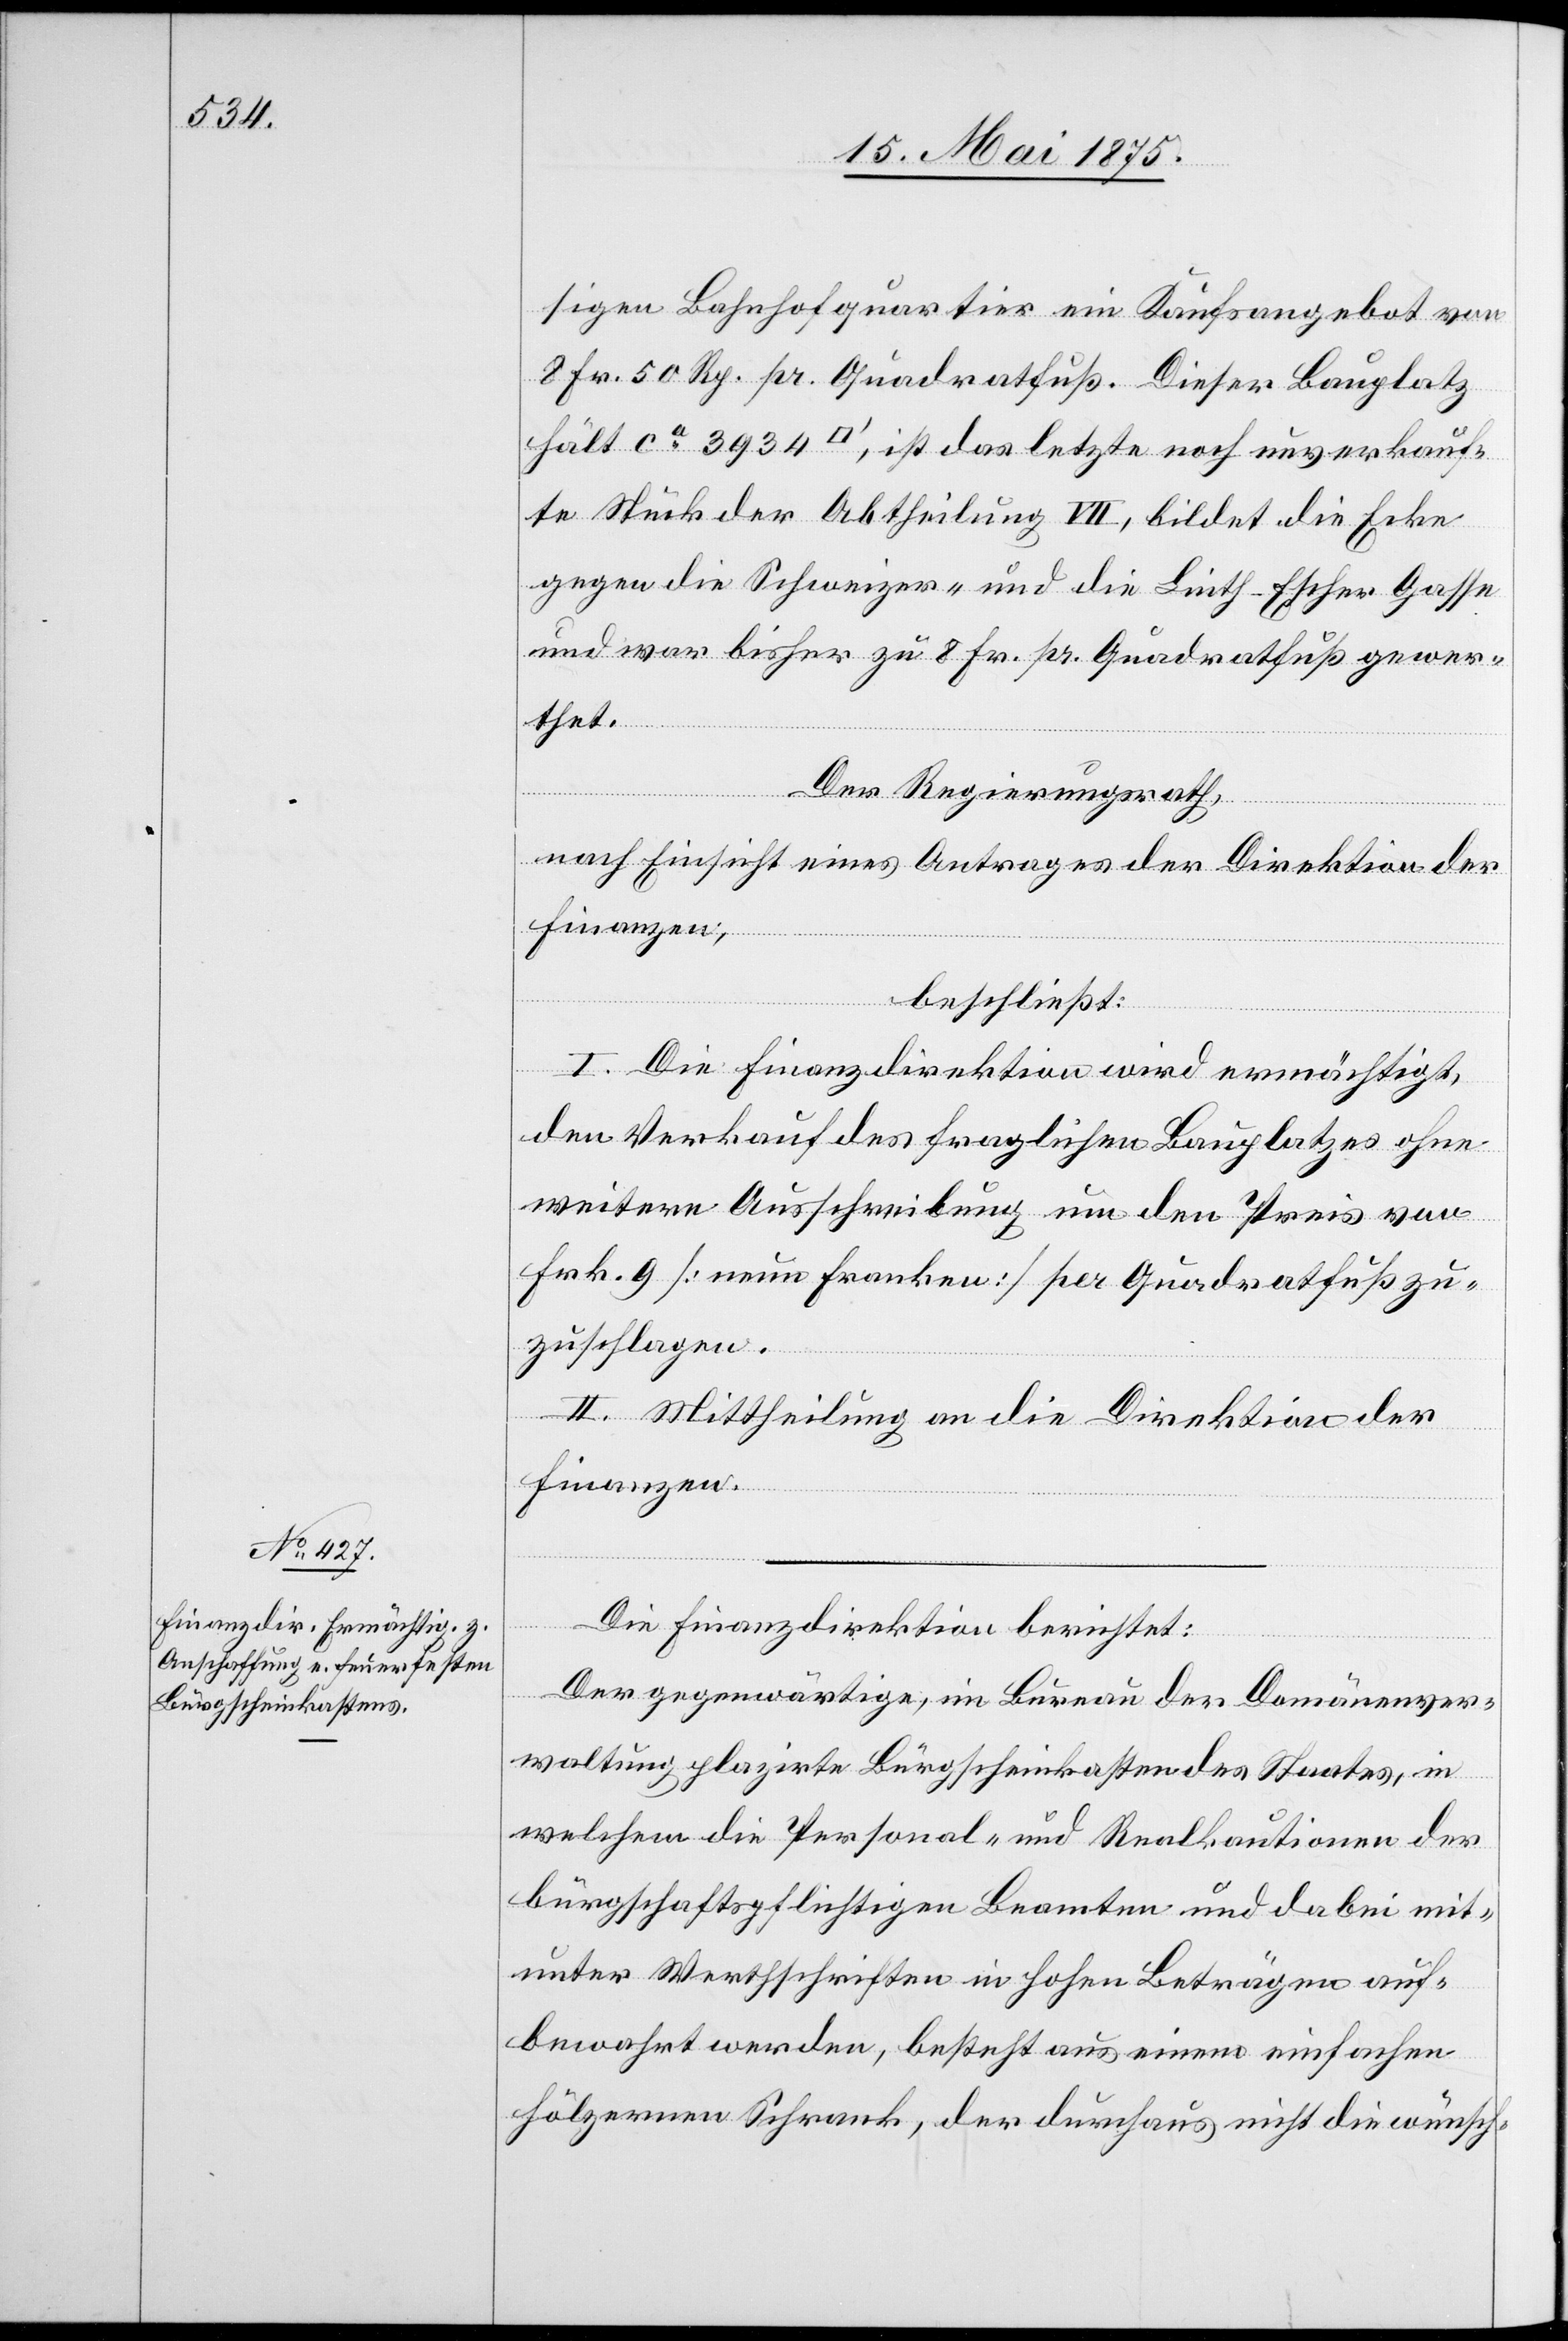
sigen Bahnhofquartier ein Kaufsangebot von
8 Fr. 50 Rp. pr. Quadratfuß. Dieser Bauplatz
hält ca 3934 [Quadratfuß], ist das letzte noch unverkauf¬
te Stück der Abtheilung VII, bildet die Ecke
gegen die Schweizer- und die Linth-Escher Gasse
und war bisher zu 8 Fr. pr. Quadratfuß gewer¬
thet.
Der Regierungsrath,
nach Einsicht eines Antrages der Direktion der
Finanzen,
beschließt:
I. Die Finanzdirektion wird ermächtigt,
den Verkauf des fraglichen Bauplatzes ohne
weitere Ausschreibung um den Preis von
Frk. 9 [neun Franken] per Quadratfuß zu¬
zuschlagen.
II. Mittheilung an die Direktion der
Finanzen.
Die Finanzdirektion berichtet:
Der gegenwärtige, im Bureau der Domänenver¬
waltung plazirte Bürgscheinkasten des Staates, in
welchem die Personal- und Realkautionen der
bürgschaftspflichtigen Beamten und dabei mit¬
unter Werthschriften in hohen Beträgen auf¬
bewahrt werden, besteht aus einem einfachen
hölzernen Schrank, der durchaus nicht die wünsch-